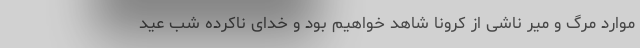
موارد مرگ و میر ناشی از کرونا شاهد خواهیم بود و خدای ناکرده شب عید